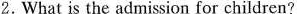
2.What is the admission for children?